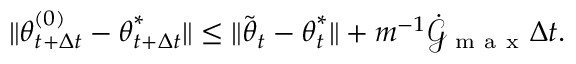
\lVert { \boldsymbol { \theta } } _ { t + \Delta t } ^ { ( 0 ) } - { \boldsymbol { \theta } } _ { t + \Delta t } ^ { * } \rVert \leq \lVert \tilde { { \boldsymbol { \theta } } } _ { t } - { \boldsymbol { \theta } } _ { t } ^ { * } \rVert + m ^ { - 1 } \dot { \mathcal { G } } _ { \mathrm { ~ m ~ a ~ x ~ } } \Delta t .